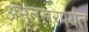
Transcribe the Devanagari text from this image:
अमृतसरपर्यंत